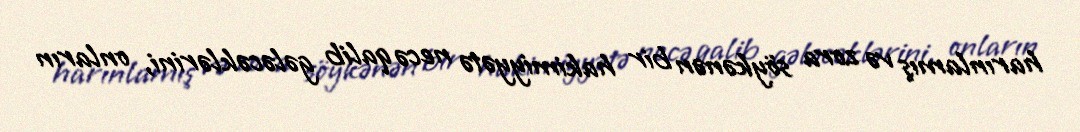
harınlamış və zora söykənən bir hakimiyyətə necə qalib gələcəklərini, onların